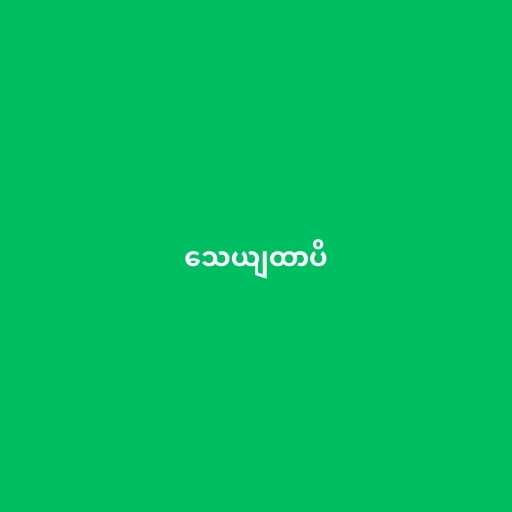
သေယျထာပိ